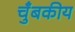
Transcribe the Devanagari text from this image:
चुँबकीय